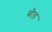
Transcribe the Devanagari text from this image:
बौड़